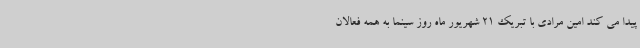
پیدا می کند امین مرادی با تبریک 21 شهریور ماه روز سینما به همه فعالان